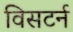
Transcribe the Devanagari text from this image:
विसटर्न